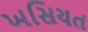
ખસિયત